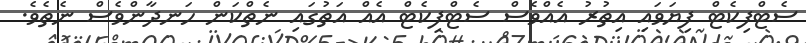
ސެޓްފިކެޓް ފިޔަވައި އިތުރު އެއްވެސް ސެޓްފިކެޓް އެއް އަތުގައި ނެތްކަން ހަނދާންވެސް ނެތެެވެ.